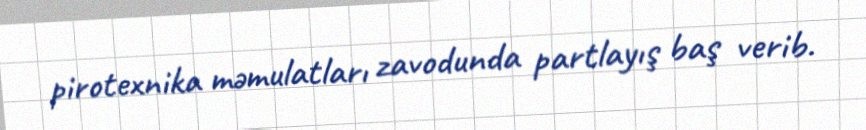
pirotexnika məmulatları zavodunda partlayış baş verib.